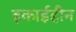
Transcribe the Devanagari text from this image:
इकाईहीन